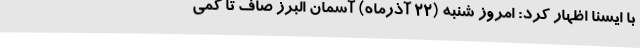
با ایسنا اظهار کرد: امروز شنبه (22 آذرماه) آسمان البرز صاف تا کمی